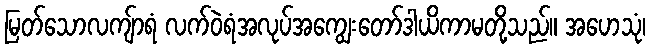
မြတ်သောလကျ်ာရံ လက်ဝဲရံအလုပ်အကျွေးတော်ဒါယိကာမတို့သည်။ အဟေသုံ၊